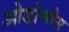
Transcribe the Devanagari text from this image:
ओडोमोस